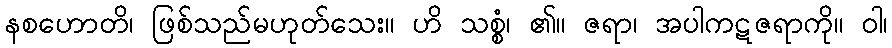
နစဟောတိ၊ ဖြစ်သည်မဟုတ်သေး။ ဟိ သစ္စံ၊ ၏။ ဇရာ၊ အပါကဋဇရာကို။ ဝါ၊